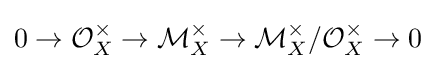
0\to {\mathcal {O}}_{X}^{\times }\to {\mathcal {M}}_{X}^{\times }\to {\mathcal {M}}_{X}^{\times }/{\mathcal {O}}_{X}^{\times }\to 0